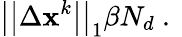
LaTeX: \big|\big|\Delta\mathbf{x}^{k}\big|\big|_{1}\le\beta N_{d}\mathrm{~.~}